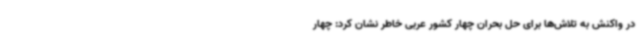
در واکنش به تلاش‌ها برای حل بحران چهار کشور عربی خاطر نشان کرد: چهار